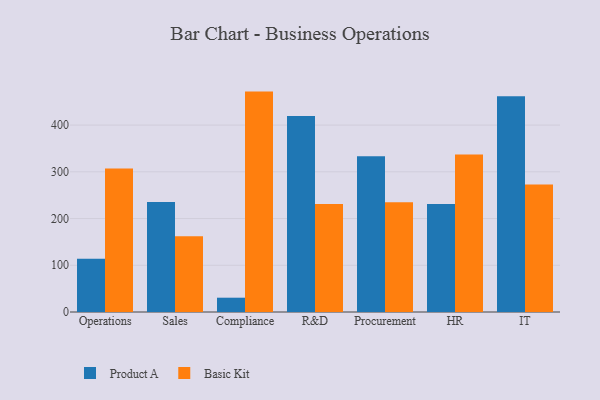
{"axis": {"x": "Department", "y": "Production Output"}, "legend": ["Basic Kit", "Product A"], "data": [{"x": "Operations", "y": 114.2, "type": "Product A"}, {"x": "Operations", "y": 307.1, "type": "Basic Kit"}, {"x": "Sales", "y": 235.4, "type": "Product A"}, {"x": "Sales", "y": 162.3, "type": "Basic Kit"}, {"x": "Compliance", "y": 30.6, "type": "Product A"}, {"x": "Compliance", "y": 471.7, "type": "Basic Kit"}, {"x": "R&D", "y": 419.6, "type": "Product A"}, {"x": "R&D", "y": 230.9, "type": "Basic Kit"}, {"x": "Procurement", "y": 333.4, "type": "Product A"}, {"x": "Procurement", "y": 235.1, "type": "Basic Kit"}, {"x": "HR", "y": 230.9, "type": "Product A"}, {"x": "HR", "y": 337.0, "type": "Basic Kit"}, {"x": "IT", "y": 462.0, "type": "Product A"}, {"x": "IT", "y": 273.0, "type": "Basic Kit"}]}